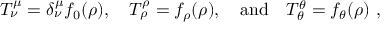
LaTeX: T _ { \nu } ^ { \mu } = \delta _ { \nu } ^ { \mu } f _ { 0 } ( \rho ) , \quad T _ { \rho } ^ { \rho } = f _ { \rho } ( \rho ) , \quad \mathrm { a n d } \quad T _ { \theta } ^ { \theta } = f _ { \theta } ( \rho ) ~ ,